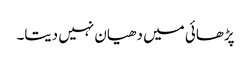
پڑھائی میں دھیان نہیں دیتا۔